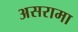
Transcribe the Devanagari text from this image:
असरामा